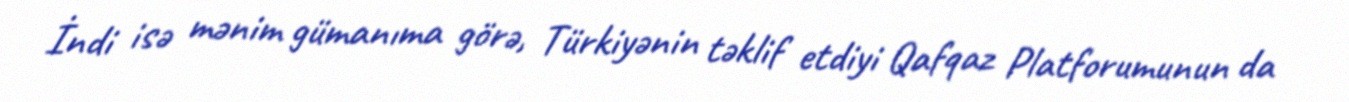
İndi isə mənim gümanıma görə, Türkiyənin təklif etdiyi Qafqaz Platforumunun da